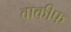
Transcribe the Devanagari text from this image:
वाकीफ